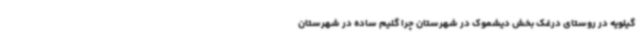
گیلویه در روستای درغک بخش دیشموک در شهرستان چرا گلیم ساده در شهرستان